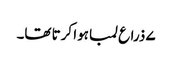
۷ ذراع لمبا ہوا کرتا تھا۔